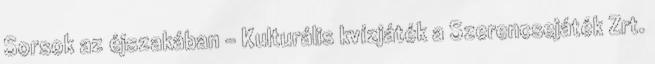
Sorsok az éjszakában - Kulturális kvízjáték a Szerencsejáték Zrt.